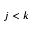
j < k